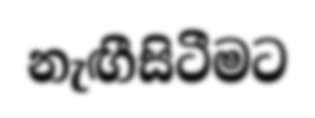
නැඟීසිටීමට